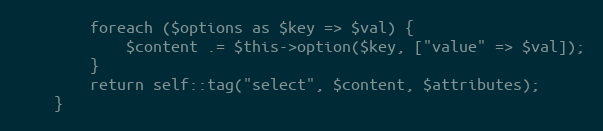
Language: PHP
        foreach ($options as $key => $val) {
            $content .= $this->option($key, ["value" => $val]);
        }
        return self::tag("select", $content, $attributes);
    }